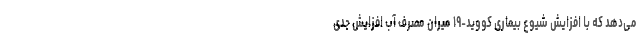
می‌دهد که با افزایش شیوع بیماری کووید-۱۹ میران مصرف آب افزایش جدی